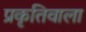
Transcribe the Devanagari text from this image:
प्रकृतिवाला